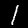
Label: 1